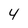
Character: 4